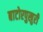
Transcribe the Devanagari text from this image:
बाटोरपुखुरी